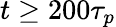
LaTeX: t\geq 200\tau_{p}